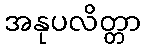
အနုပလိတ္တာ